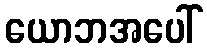
ယောဘအပေါ်